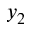
y _ { 2 }